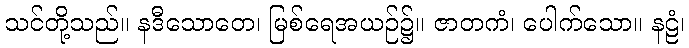
သင်တို့သည်။ နဒီသောတေ၊ မြစ်ရေအယဉ်၌။ ဇာတကံ၊ ပေါက်သော။ နဠံ၊